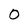
Character: 0